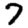
Digit: 7